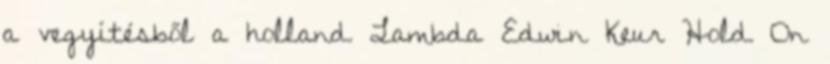
a vegyítésből a holland Lambda Edwin Keur Hold On